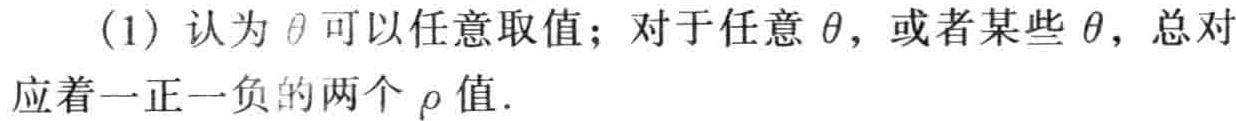
(1) 认为$\theta$可以任意取值；对于任意$\theta$，或者某些$\theta$，总对应着一正一负的两个$\rho$值.